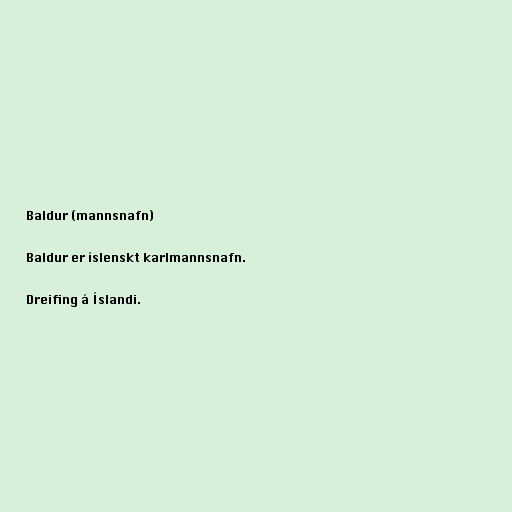
Baldur (mannsnafn)

Baldur er íslenskt karlmannsnafn.

Dreifing á Íslandi.